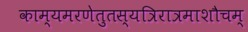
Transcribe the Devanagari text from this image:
काम्यमरणेतुतस्यत्रिरात्रमाशौचम्